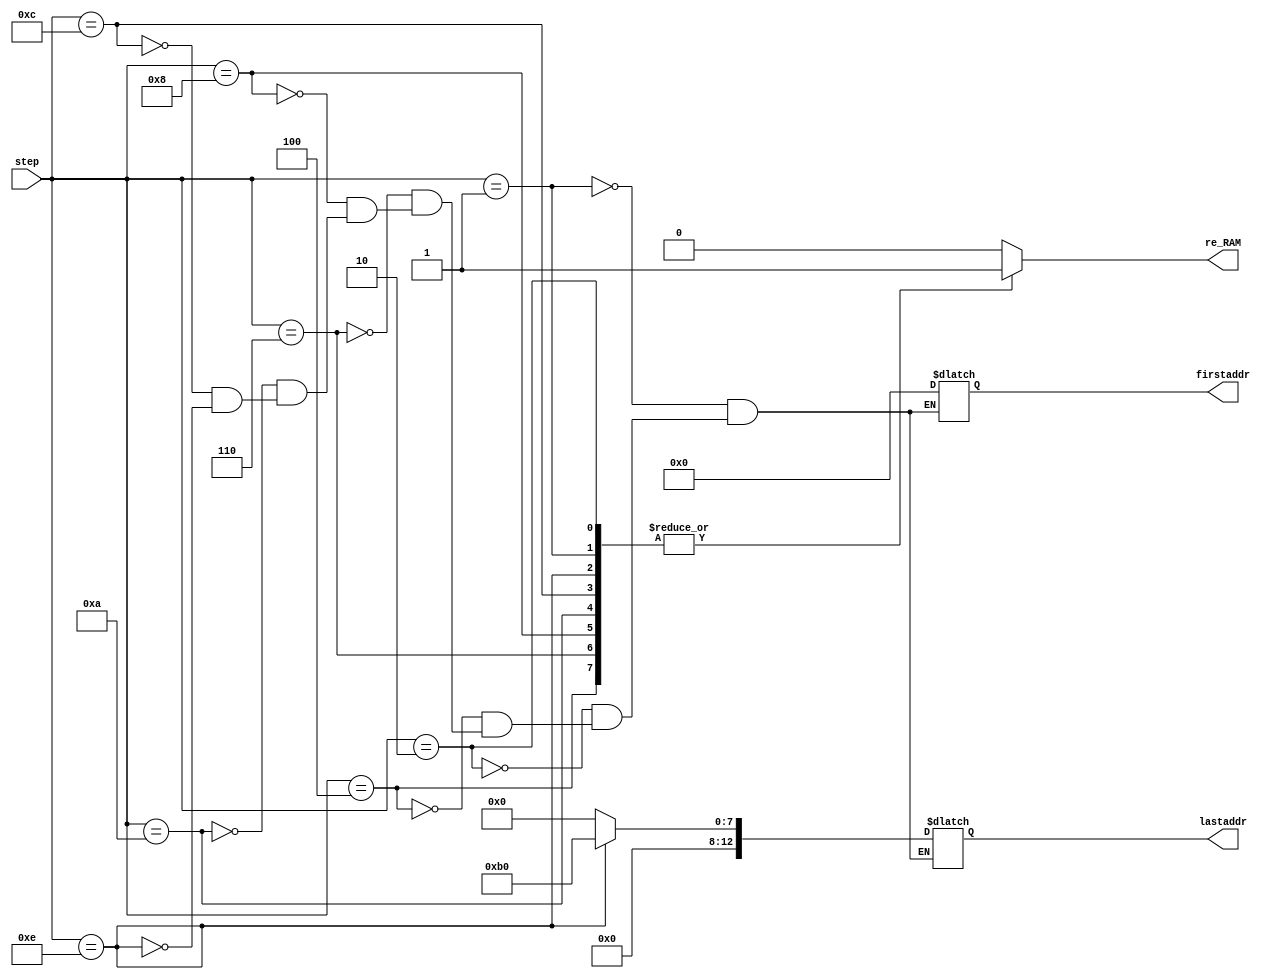
// This program was cloned from: https://github.com/ZFTurbo/Verilog-Generator-of-Neural-Net-Digit-Detector-for-FPGA
// License: Apache License 2.0

module addressRAM(
	input [4:0] step,
	output reg re_RAM,
	output reg [12:0] firstaddr, lastaddr
);
parameter picture_size = 0;
parameter convolution_size = 0;

parameter picture_storage_limit = picture_size*picture_size;
parameter convweight = picture_storage_limit + (1*4 + 4*4 + 4*8 + 8*8) * convolution_size;  // all convolution weights [784:1828]

parameter conv1 = picture_storage_limit + 1*4 * convolution_size;
parameter conv2 = picture_storage_limit + (1*4 + 4*4) * convolution_size;
parameter conv3 = picture_storage_limit + (1*4 + 4*4 + 4*8) * convolution_size;
parameter conv4 = picture_storage_limit + (1*4 + 4*4 + 4*8 + 8*8) * convolution_size;
parameter conv5 = picture_storage_limit + (1*4 + 4*4 + 4*8 + 8*8 + 8*16) * convolution_size;
parameter conv6 = picture_storage_limit + (1*4 + 4*4 + 4*8 + 8*8 + 8*16 + 16*16) * convolution_size;

parameter dense = conv6+176;

always @(step)
case (step)
1'd1: begin       //picture
		firstaddr = 0;
		lastaddr = picture_storage_limit;
		re_RAM = 1;
	  end 
2'd2: begin       //weights conv1 
		firstaddr = picture_storage_limit;
		lastaddr = conv1;
		re_RAM = 1;
	  end
3'd4: begin			//weights conv2
		firstaddr = conv1;
      lastaddr = conv2;
		re_RAM = 1;
      end		
3'd6: begin			//weights conv3
		firstaddr = conv2;
		lastaddr = conv3;
		re_RAM = 1;
	  end
4'd8: begin			//weights conv4
		firstaddr = conv3;
		lastaddr = conv4;
		re_RAM = 1;
		end
4'd10: begin		//weights conv5
		firstaddr = conv4;
		lastaddr = conv5;
		re_RAM = 1;
	  end
4'd12: begin		//weights conv6
		firstaddr = conv5;
		lastaddr = conv6;
		re_RAM = 1;
	  end
4'd14: begin		//weights conv7
		firstaddr = conv6;
		lastaddr =  dense;
		re_RAM = 1;
	  end
default:
			begin
				re_RAM = 0;
			end
endcase
endmodule